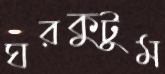
ঘরকুটুম